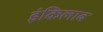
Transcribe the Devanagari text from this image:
इंकिलाब